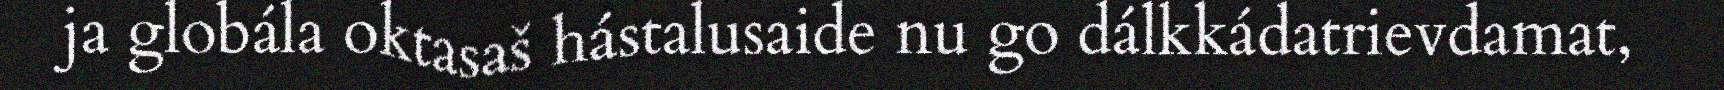
ja globála oktasaš hástalusaide nu go dálkkádatrievdamat,